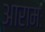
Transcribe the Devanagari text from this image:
आरामः